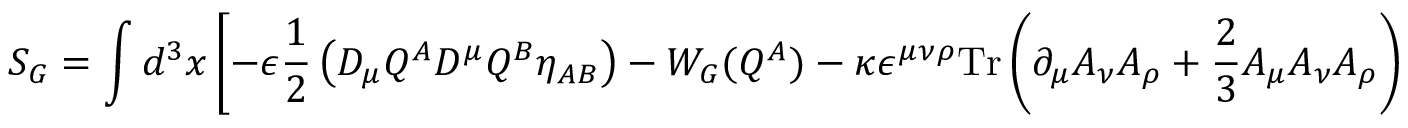
S _ { G } = \int d ^ { 3 } x \left[ - \epsilon \frac { 1 } { 2 } \left( D _ { \mu } Q ^ { A } D ^ { \mu } Q ^ { B } \eta _ { A B } \right) - W _ { G } ( Q ^ { A } ) - \kappa \epsilon ^ { \mu \nu \rho } \mathrm { T r } \left( \partial _ { \mu } A _ { \nu } A _ { \rho } + \frac { 2 } { 3 } A _ { \mu } A _ { \nu } A _ { \rho } \right) \right] ,